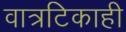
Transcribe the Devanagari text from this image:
वात्रटिकाही